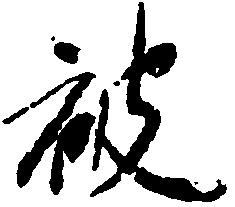
被